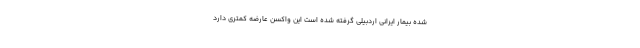
شده بیمار ایرانی اردبیلی گرفته شده است این واکسن عارضه کمتری دارد